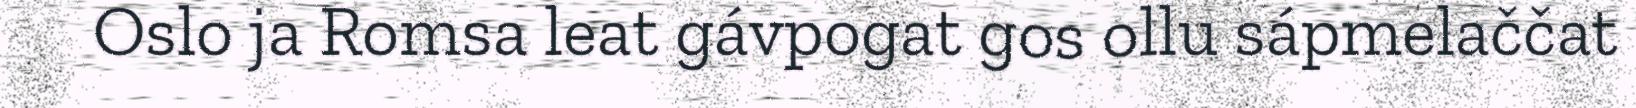
Oslo ja Romsa leat gávpogat gos ollu sápmelaččat